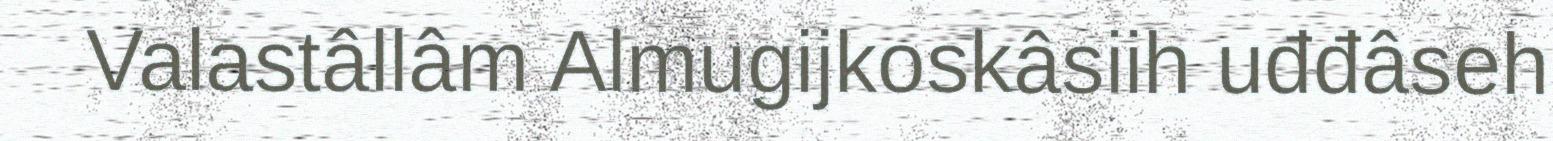
Valastâllâm Almugijkoskâsiih uđđâseh